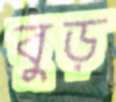
বুড়